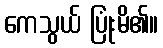
ကေသွယ် ပြုံးမိ၏။